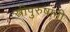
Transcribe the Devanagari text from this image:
स्त्रीपुरुषांनी